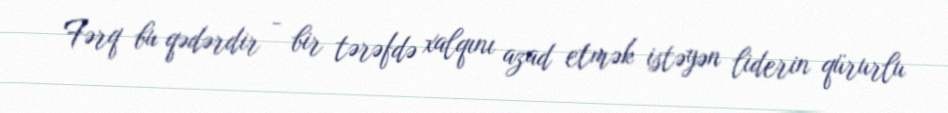
Fərq bu qədərdir - bir tərəfdə xalqını azad etmək istəyən liderin qürurlu